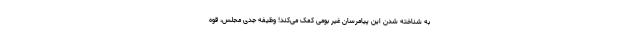
به شناخته شدن این پیامرسان غیر بومی کمک می‌کند! وظیفه جدی مجلس، قوه